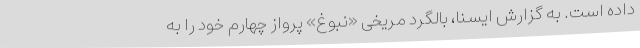
داده است. به گزارش ایسنا، بالگرد مریخی «نبوغ» پرواز چهارم خود را به